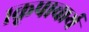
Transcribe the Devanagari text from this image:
१कृपाचार्य